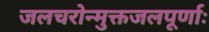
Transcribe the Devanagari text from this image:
जलचरोन्मुक्तजलपूर्णाः